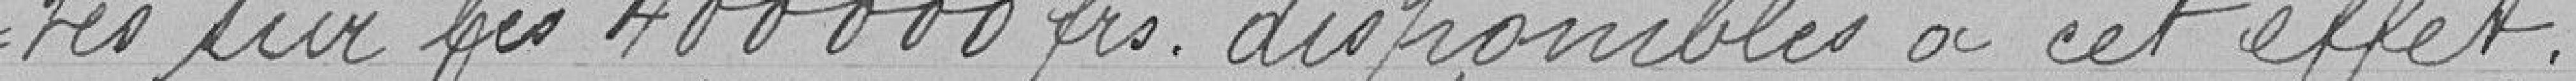
-tés sur les 400000 francs disponibles à cet effet.